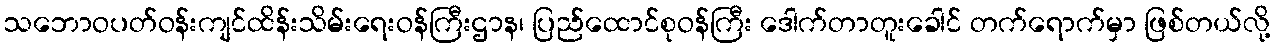
သဘောဝပတ်ဝန်းကျင်ထိန်းသိမ်းရေးဝန်ကြီးဌာန၊ ပြည်ထောင်စုဝန်ကြီး ဒေါက်တာတူးခေါင် တက်ရောက်မှာ ဖြစ်တယ်လို့